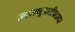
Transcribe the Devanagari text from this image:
उपराष्ट्रपतीपदावर